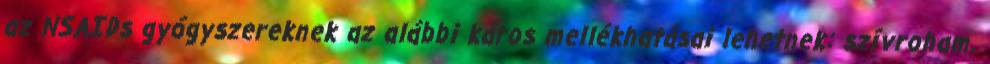
az NSAIDs gyógyszereknek az alábbi káros mellékhatásai lehetnek: szívroham,